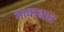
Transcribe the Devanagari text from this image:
माकडात